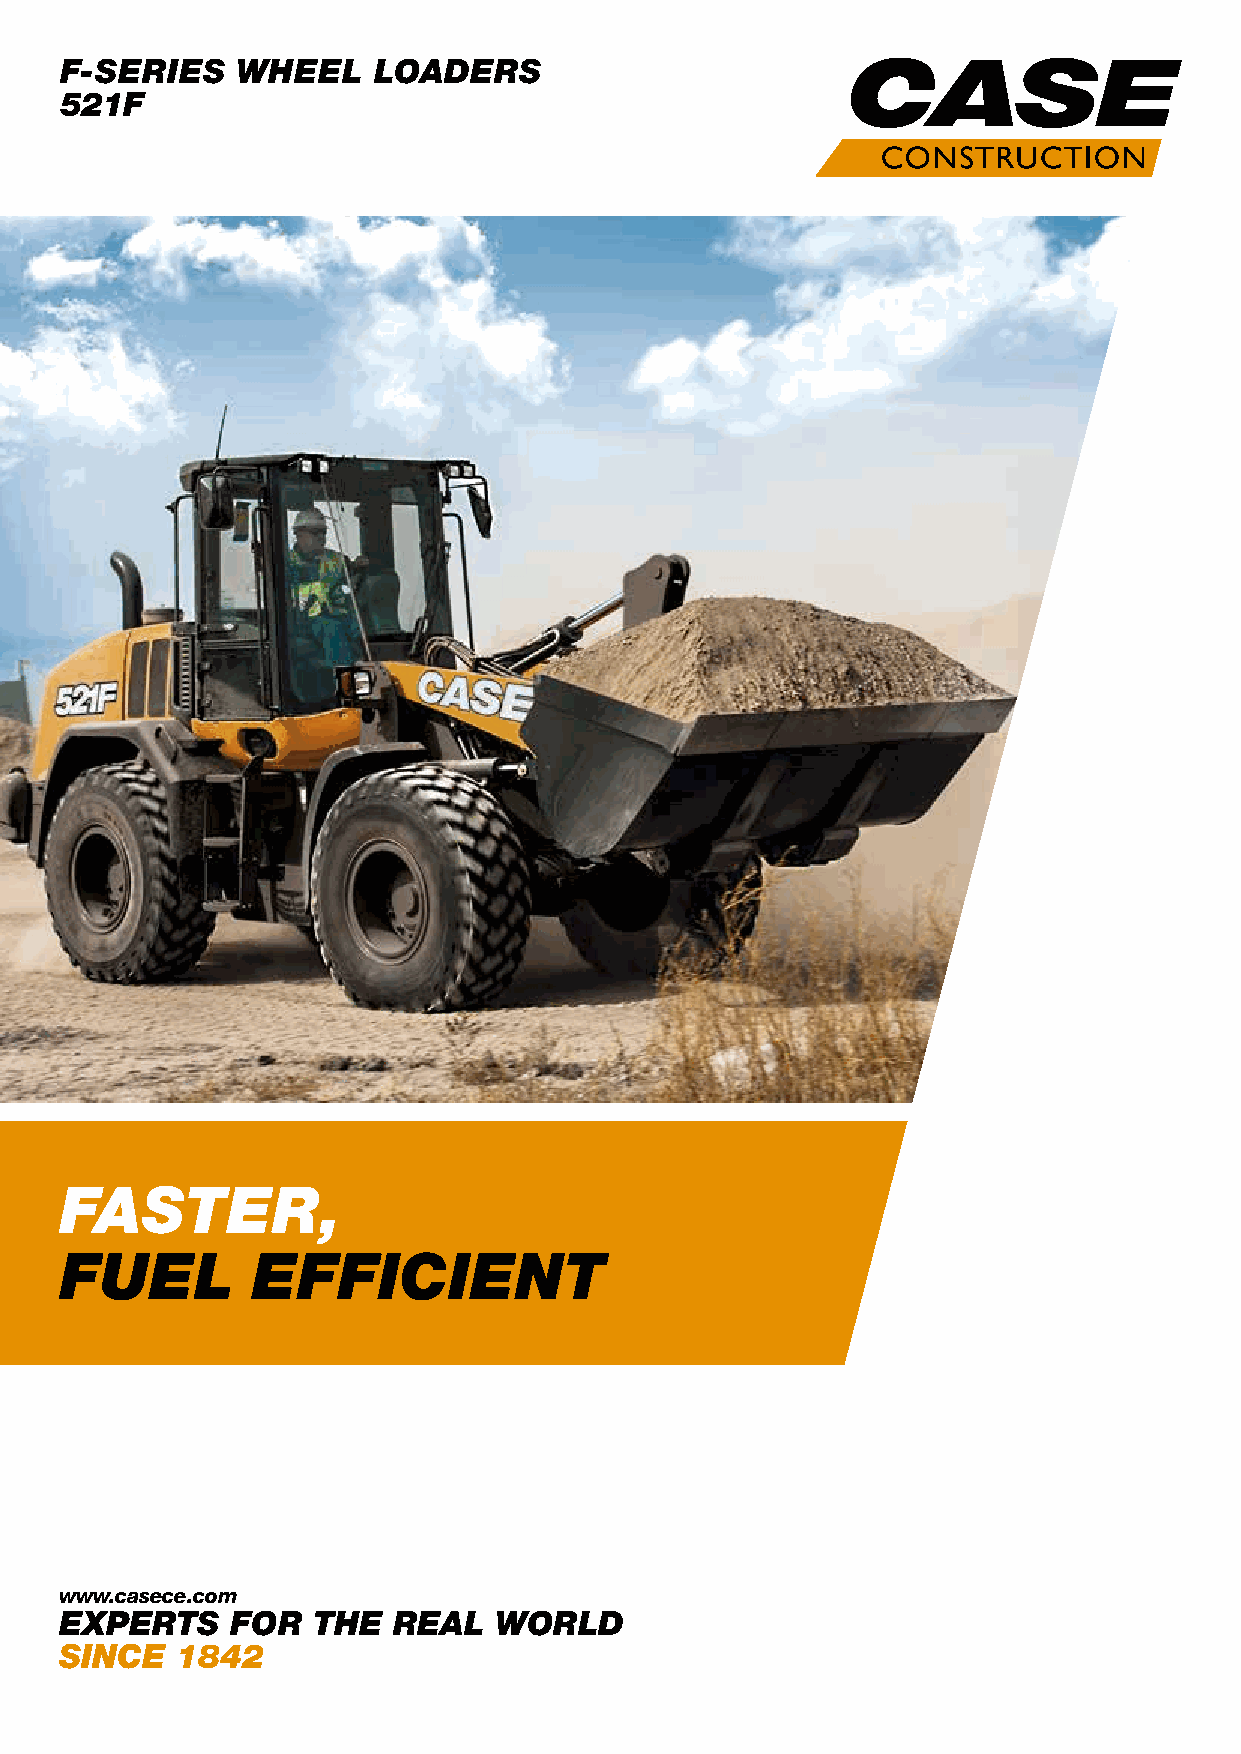
F-SERIES    WHEEL    LOADERS
 521F
 FASTER,
 FUEL         EFFICIENT
 www.casece.com
 EXPERTS    FOR   THE  REAL   WORLD
 SINCE   1842